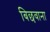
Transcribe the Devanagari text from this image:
बिछवाना